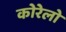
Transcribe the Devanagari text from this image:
कोरेलो